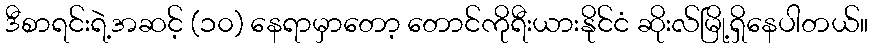
ဒီစာရင်းရဲ့အဆင့် (၁၀) နေရာမှာတော့ တောင်ကိုရီးယားနိုင်ငံ ဆိုးလ်မြို့ရှိနေပါတယ်။